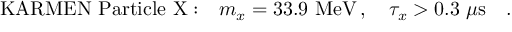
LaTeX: \mathrm { K A R M E N ~ P a r t i c l e ~ X : } \quad m _ { x } = 3 3 . 9 \, \, \mathrm { M e V } \, , \quad \tau _ { x } > 0 . 3 \, \, \mu \mathrm { s } \quad .